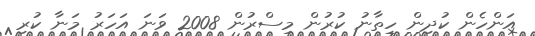
އަންހެން ކުދިން ހިތާނު ކުރުން މިސްރުން 2008 ވަނަ އަހަރު މަނާ ކުރި